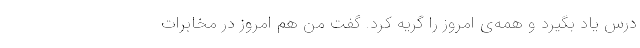
درس یاد بگیرد و همه‌ی امروز را گریه کرد. گفت من هم امروز در مخابرات